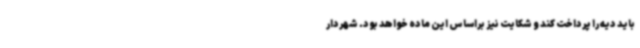
باید دیه را پرداخت کند و شکایت نیز براساس این ماده خواهد بود. شهردار